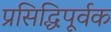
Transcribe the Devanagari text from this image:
प्रसिद्धिपूर्वक